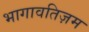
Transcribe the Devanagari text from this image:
भागावतिज़म